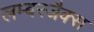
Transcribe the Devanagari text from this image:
लम्बरजैक्स